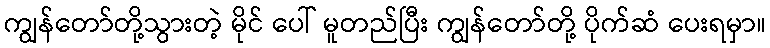
ကျွန်တော်တို့သွားတဲ့ မိုင် ပေါ် မူတည်ပြီး ကျွန်တော်တို့ ပိုက်ဆံ ပေးရမှာ။